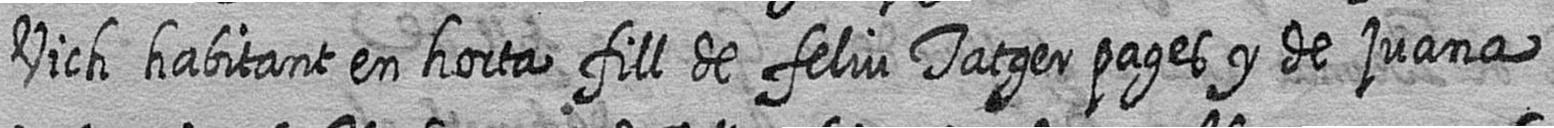
Vich habitant en horta fill de feliu Tatger pages y de juana